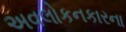
અવલોકનકારના